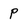
Character: P